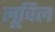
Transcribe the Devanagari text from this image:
लूविल